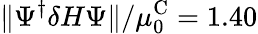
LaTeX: \Vert\Psi^{\dagger}\delta H\Psi\Vert/\mu_{0}^{\textrm{C}}=1.40